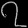
Digit: ၇